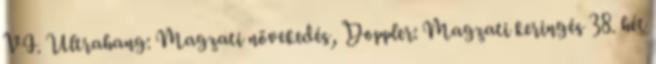
VI. Ultrahang: Magzati növekedés, Doppler: Magzati keringés 38. hét